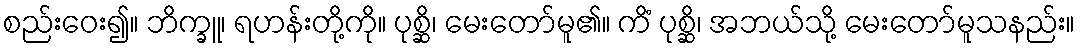
စည်းဝေး၍။ ဘိက္ခူ၊ ရဟန်းတို့ကို။ ပုစ္ဆိ၊ မေးတော်မူ၏။ ကိံ ပုစ္ဆိ၊ အဘယ်သို့ မေးတော်မူသနည်း။